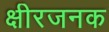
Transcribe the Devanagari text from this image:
क्षीरजनक